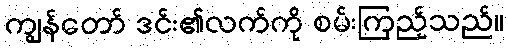
ကျွန်တော် ဒင်း၏လက်ကို စမ်းကြည့်သည်။